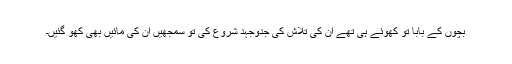
بچوں کے بابا تو کھوئے ہی تھے ان کی تلاش کی جدوجہد شروع کی تو سمجھیں ان کی مائیں بھی کھو گئیں۔